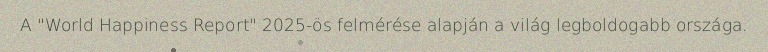
A "World Happiness Report" 2025-ös felmérése alapján a világ legboldogabb országa.